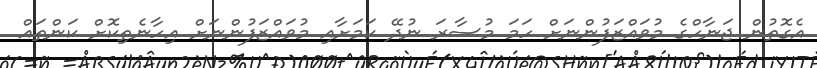
އެގޮތުން ޖަނާހްގެ މުވައްޒަފުންނަށް ހަމަ މުސާރަ ނުދޭ ކަމަށާއި މުވައްޒަފުންނަށް އިހާނެތިކޮށް ކަންތައް